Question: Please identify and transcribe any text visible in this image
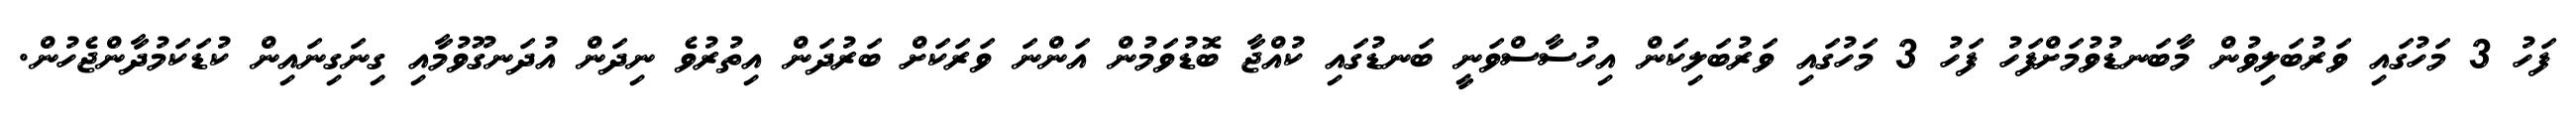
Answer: ފަހު 3 މަހުގައި ވަރުބަލިވުން މާބަނޑުވުމަށްފަހު ފަހު 3 މަހުގައި ވަރުބަލިކަން އިހުސާސްވަނީ ބަނޑުގައި ކުއްޖާ ބޮޑުވަމުން އަންނަ ވަރަކަށް ބަރުދަން އިތުރުވެ ނިދަން އުދަނގޫވުމާއި ގިނަގިނައިން ކުޑަކަމުދާންޖެހުން.